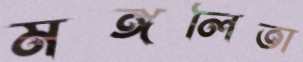
মঙ্গলিতা